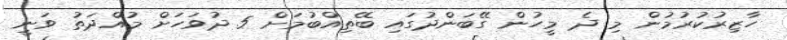
ހާޒިރުކުރުމުން މި ދެ މީހުން ގޭބަންދުގައި ބޭތިއްބުމަށް 5 ދުވަހަށް މުއްދަތު ވަނީ